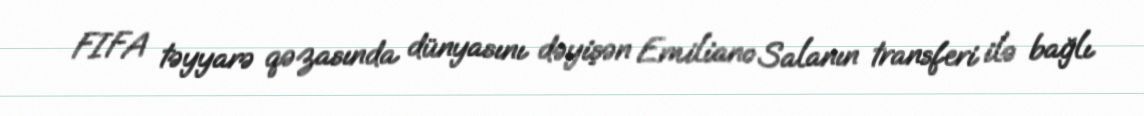
FIFA təyyarə qəzasında dünyasını dəyişən Emiliano Salanın transferi ilə bağlı